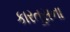
કારતૂસના